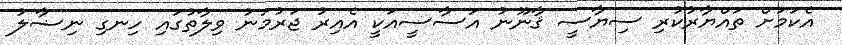
އެކަމަށް ތައްޔާރުކުރި ސިޔާސީ ޤާނޫނު އަސާސީއަކީ އެއިރު ޖަރުމަނު ވިލާތުގައި ހިނގި ނިޟާލު